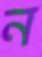
ন